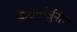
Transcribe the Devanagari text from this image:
किरार्तार्जुनीय